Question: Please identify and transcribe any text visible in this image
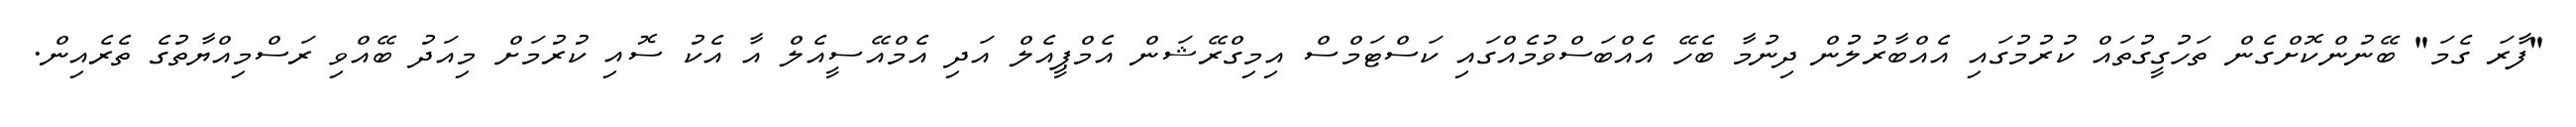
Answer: "ފާރަ ގެމަ" ބޭނުންކޮށްގެން ތަހުގީގުތައް ކުރުމުގައި އެއްބާރުލުން ދިނުމާ ބެހޭ އެއްބަސްވުމެއްގައި ކަސްޓަމްސް އިމިގްރޭޝަން އެމްޕީއެލް އަދި އެމްއޭސީއެލް އާ އެކު ސޮއި ކުރުމަށް މިއަދު ބޭއްވި ރަސްމިއްޔާތުގެ ތެރެއިން.